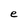
Character: e